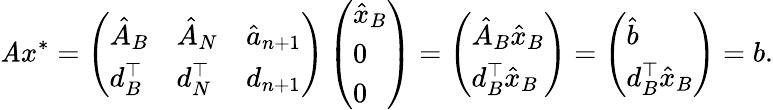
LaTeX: \mathit{A}x^{*}=\left(\begin{array}{lll}{\hat{A}_{B}}&{\hat{A}_{N}}&{\hat{a}_{n+1}}\\ {d_{B}^{\top}}&{d_{N}^{\top}}&{d_{n+1}}\end{array}\right)\left(\begin{array}{l}{\hat{x}_{B}}\\ {0}\\ {0}\end{array}\right)=\left(\begin{array}{l}{\hat{A}_{B}\hat{x}_{B}}\\ {d_{B}^{\top}\hat{x}_{B}}\end{array}\right)=\left(\begin{array}{l}{\hat{b}}\\ {d_{B}^{\top}\hat{x}_{B}}\end{array}\right)=b.